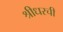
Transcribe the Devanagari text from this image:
श्रीधरची